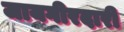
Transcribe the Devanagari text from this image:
जायगीरदारी